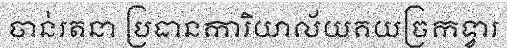
ចាន់រតនា ប្រធានការិយាល័យគយច្រកទ្វារ